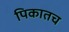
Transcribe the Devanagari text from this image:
पिकातच